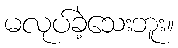
မလုပ်ခဲ့သေးဘူး။